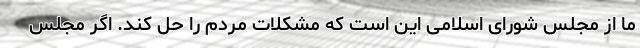
ما از مجلس شورای اسلامی این است که مشکلات مردم را حل کند. اگر مجلس